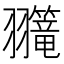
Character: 𫅲